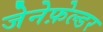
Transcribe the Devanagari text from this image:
जेनेफ़ेल्डर